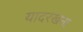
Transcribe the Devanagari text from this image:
यादरखना